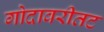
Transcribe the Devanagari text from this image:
गोदावरीतट